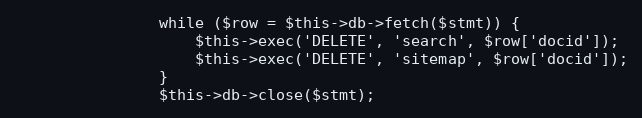
Language: PHP
                while ($row = $this->db->fetch($stmt)) {
                    $this->exec('DELETE', 'search', $row['docid']);
                    $this->exec('DELETE', 'sitemap', $row['docid']);
                }
                $this->db->close($stmt);